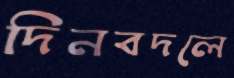
দিনবদলে